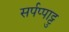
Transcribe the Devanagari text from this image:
सर्पप्पाट्टु